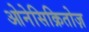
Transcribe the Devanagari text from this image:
ओनेसिक्रितोज़